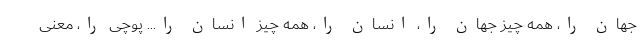
جهان را، همه چیز جهان را، انسان را، همه چیز انسان را... پوچی را، معنی